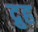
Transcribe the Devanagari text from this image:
द्रुह